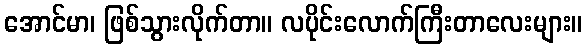
အောင်မာ၊ ဖြစ်သွားလိုက်တာ။ လပိုင်းလောက်ကြီးတာလေးများ။